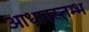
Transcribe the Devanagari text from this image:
आधारस्तम्भ